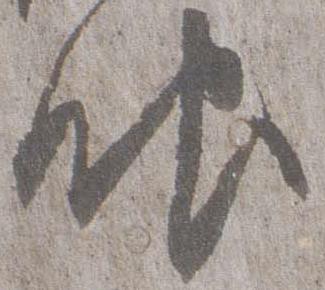
眼